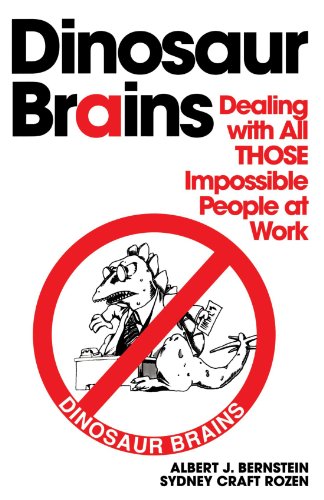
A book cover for Dinosaur Brains: Dealing with All THOSE Impossible People at Work; Albert J. Bernstein; Health, Fitness & Dieting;